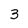
Character: 3